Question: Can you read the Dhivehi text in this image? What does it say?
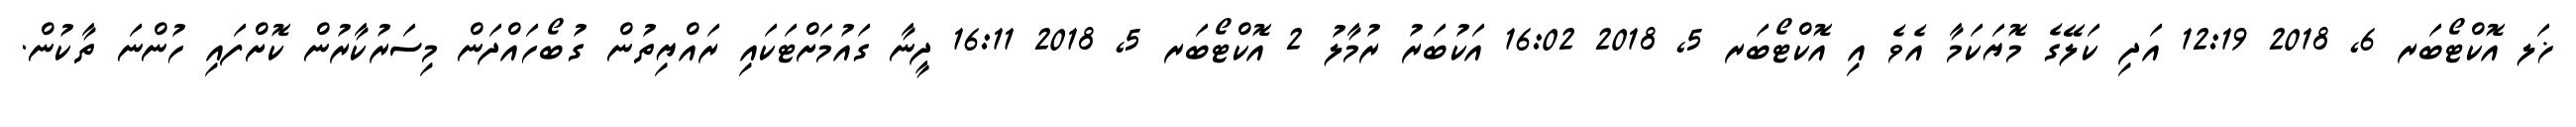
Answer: ޚަލ އޮކްޓޯބަރ 6, 2018 12:19 އަދި ކަލޭގެ މޮޔަކަމާ އެވެ އި އޮކްޓޯބަރ 5, 2018 16:02 އަކުބަރު ރުމާލު 2 އޮކްޓޯބަރ 5, 2018 16:11 ދީނާ ގައުމަށްޓަކައި ރައްޔިތުން ގުބޯހައްދަން މިސަރުކާރުން ކޮށްފައި ހުންނަ ތާކުން.